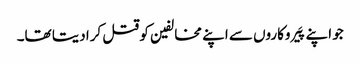
جو اپنے پَیروکاروں سے اپنے مخالفین کو قتل کرا دیتا تھا۔